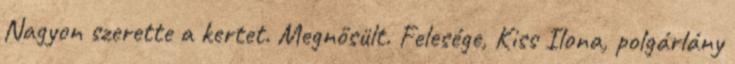
Nagyon szerette a kertet. Megnősült. Felesége, Kiss Ilona, polgárlány